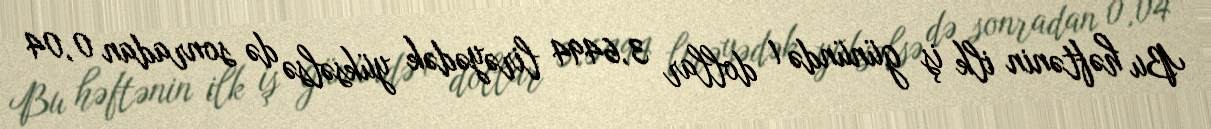
Bu həftənin ilk iş günündə 1 dollar 3,6494 lirəyədək yüksəlsə də sonradan 0,04